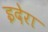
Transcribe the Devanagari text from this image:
इदेरा